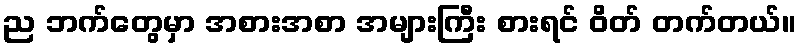
ည ဘက်တွေမှာ အစားအစာ အများကြီး စားရင် ဝိတ် တက်တယ်။